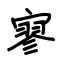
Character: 寥